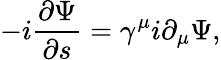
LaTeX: -i\frac{\partial\Psi}{\partial s}=\gamma^{\mu}i\partial_{\mu}\Psi,